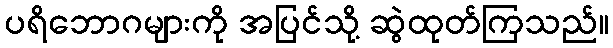
ပရိဘောဂများကို အပြင်သို့ ဆွဲထုတ်ကြသည်။